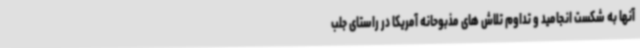
آنها به شکست انجامید و تداوم تلاش های مذبوحانه آمریکا در راستای جلب